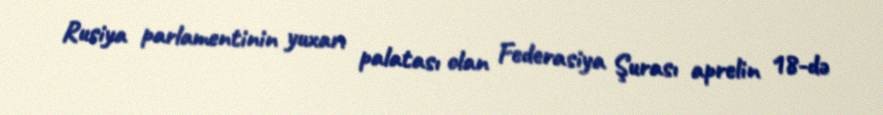
Rusiya parlamentinin yuxarı palatası olan Federasiya Şurası aprelin 18-də